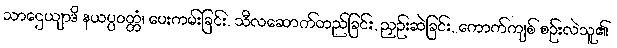
သာဌေယျာဒိ နယပ္ပဝတ္တံ၊ ပေးကမ်းခြင်း, သီလဆောက်တည်ခြင်း, ညှဉ်းဆဲခြင်း, ကောက်ကျစ် စဉ်းလဲသူ၏